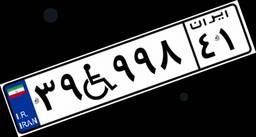
۳۹W۹۹۸۴۱